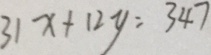
3 1 x + 1 2 y = 3 4 7